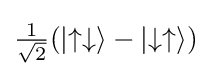
\textstyle {\frac {1}{\sqrt {2}}}(\left|\uparrow \downarrow \right\rangle -\left|\downarrow \uparrow \right\rangle )